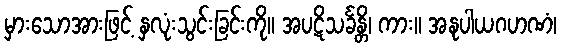
မှားသောအားဖြင့် နှလုံးသွင်းခြင်းကို။ အပဋိသင်္ခန္တိ၊ ကား။ အနုပါယဂဟဏံ၊